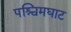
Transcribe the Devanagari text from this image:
पश्चिमघाट